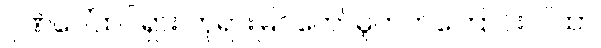
ဂုဏ်ပေါ်ထင်ရှား ဘုရားမြင်တော်မူတတ်ကြောင်း ဂါထာ